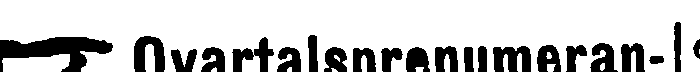
Qvartalsprenumeran-